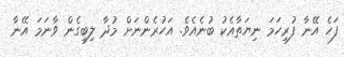
ފަހެ އޭނާ ފުރިހަމަ ނިޔަތާއެކު ބުނެއެވެ. އަހުރެންނަށް މުދާ ލިބިގެން ވާނަމަ އޭނާ